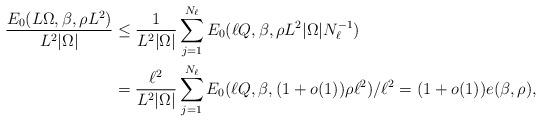
LaTeX: \begin{align*} \frac{E_0(L\Omega,\beta, \rho L^2)}{L^2|\Omega|} &\leq \frac{1}{L^2|\Omega|} \sum_{j =1}^{N_{\ell}} E_0(\ell Q, \beta,\rho L^2|\Omega| N^{-1}_{\ell}) \\&= \frac{\ell^2}{L^2|\Omega|} \sum_{j =1}^{N_{\ell}} E_0(\ell Q, \beta, (1 + o(1)) \rho \ell^2)/\ell^2 = (1 + o(1)) e(\beta,\rho),\end{align*}